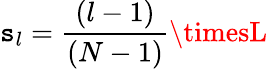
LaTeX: \mathtt{s}_{l}=\frac{{(l-1)}}{{(N-1)}}\timesL